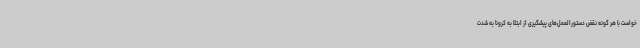
خواست با هر گونه نقض دستورالعمل‌های پیشگیری از ابتلا به کرونا به شدت